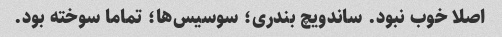
اصلا خوب نبود. ساندویچ بندری؛ سوسیس‌ها؛ تماما سوخته بود.